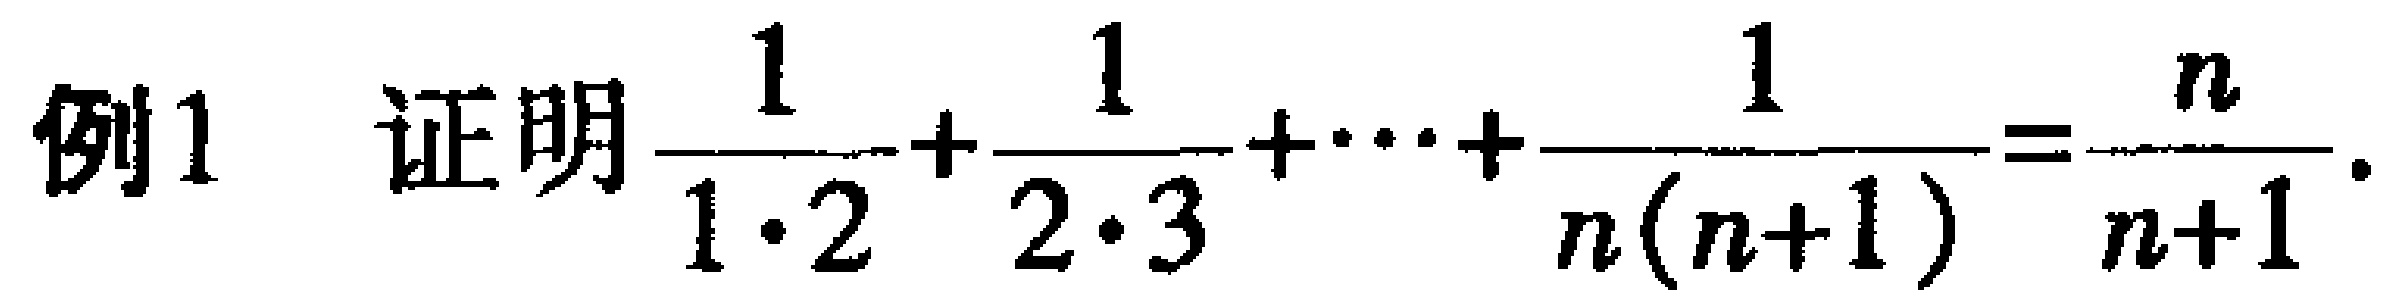
例1 证明$\frac{1}{1\cdot2}+\frac{1}{2\cdot3}+\cdots+\frac{1}{n(n + 1)}=\frac{n}{n + 1}$.